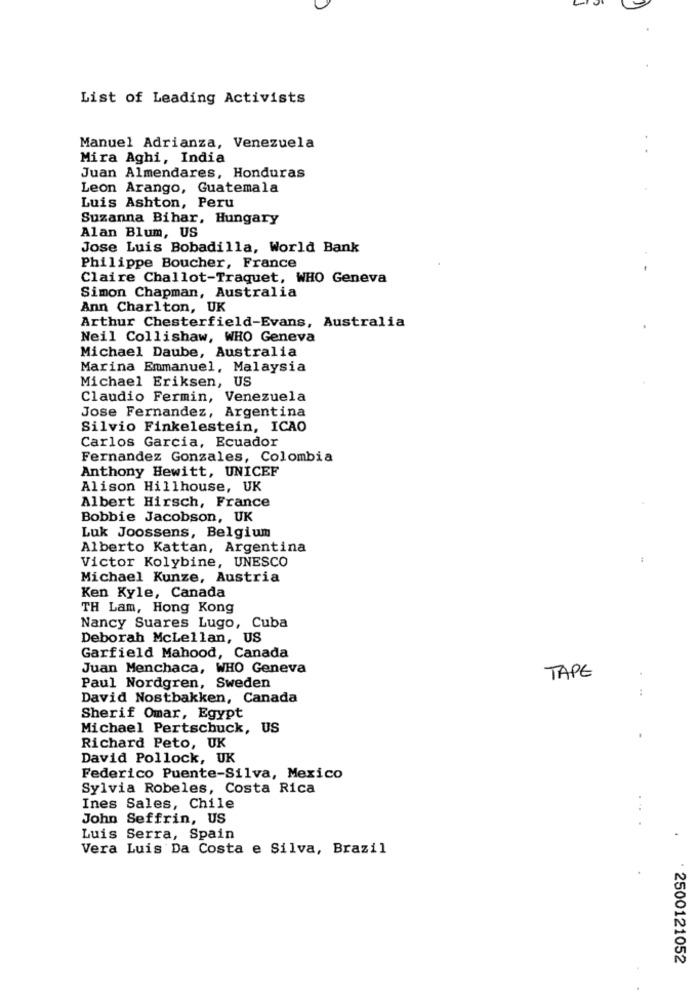
List of Leading Activists
Manuel Adrianza, Venezuela
Mira Aghi, India
Juan Almendares, Honduras
Leon Arango, Guatemala
Luis Ashton, Peru
Suzanna Bihar, Hungary
Alan Blum, US
Jose Luis Bobadilla, World Bank
Philippe Boucher, France
Claire Challot-Traquet, WHO Geneva
Simon Chapman, Australia
Ann Charlton, UK
Arthur Chesterfield-Evans, Australia
Neil Collishaw, WHO Geneva
Michael Daube, Australia
Marina Emmanuel, Malaysia
Michael Eriksen, US
Claudio Fermin, Venezuela
Jose Fernandez, Argentina
Silvio Finkelestein, ICAO
Carlos Garcia, Ecuador
Fernandez Gonzales, Colombia
Anthony Hewitt, UNICEF
Alison Hillhouse, UK
Albert Hirsch, France
Bobbie Jacobson, UK
Luk Joossens, Belgium
Alberto Kattan, Argentina
Victor Kolybine, UNESCO
Michael Kunze, Austria
Ken Kyle, Canada
TH Lam, Hong Kong
Nancy Suares Lugo, Cuba
Deborah Mclellan, US
Garfield Mahood, Canada
Juan Menchaca, WHO Geneva
TAPE
Paul Nordgren, Sweden
:
David Nostbakken, Canada
Sherif Omar, Egypt
Michael Pertschuck, US
Richard Peto, UK
David Pollock, UK
Federico Puente-Silva, Mexico
Sylvia Robeles, Costa Rica
Ines Sales, Chile
John Seffrin, US
Luis Serra, Spain
Vera Luis Da Costa e Silva, Brazil
· 2500121052